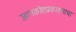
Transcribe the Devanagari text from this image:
ज्ञानकोशप्रकाशनाचा